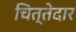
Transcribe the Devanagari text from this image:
चित्तेदार